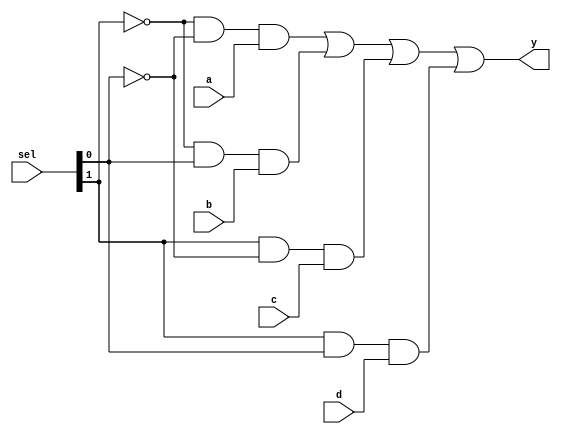
module multiplexer_gates (a, b, c, d, sel, y);

     input a, b, c, d;
     input [1:0] sel;
     output y;

     wire ns0, ns1, w0, w1, w2, w3;

     not(ns0, sel[0]);
     not(ns1, sel[1]);

     and(w0, ns1, ns0, a);
     and(w1, ns1, sel[0], b);
     and(w2, sel[1], ns0, c);
     and(w3, sel[1], sel[0], d);

     or(y, w0, w1, w2, w3);

endmodule